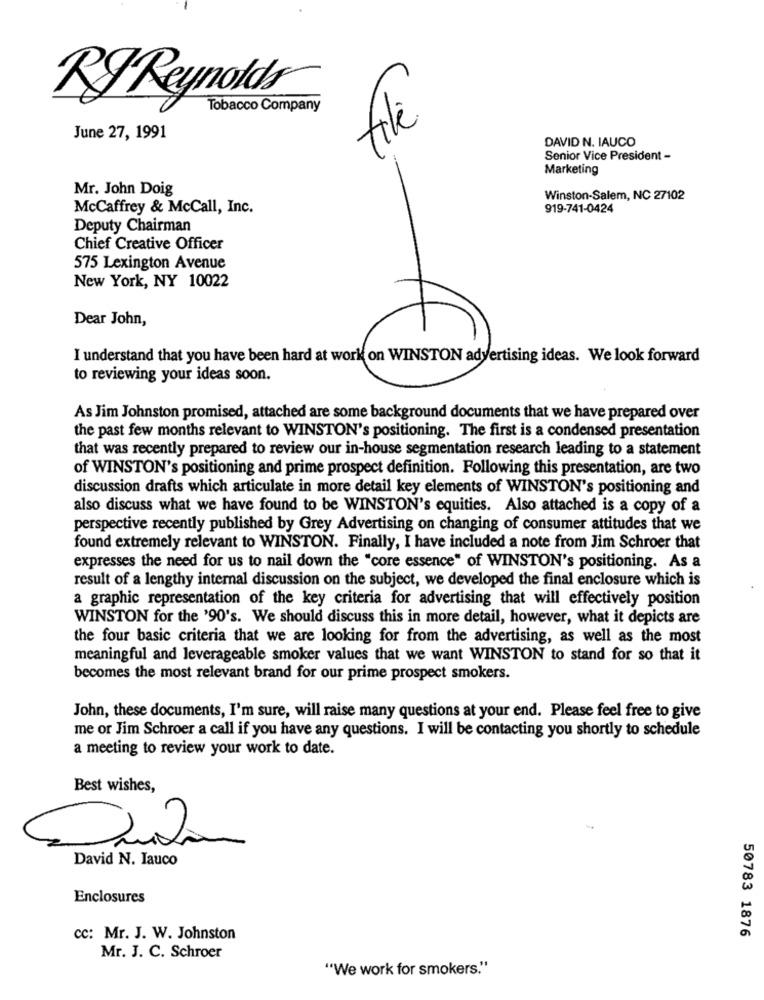
RJ Reynolds
Tobacco Company
June 27, 1991
DAVID N. IAUCO
Senior Vice President -
Marketing
Mr. John Doig
Winston-Salem, NC 27102
McCaffrey & McCall, Inc.
919-741-0424
Deputy Chairman
Chief Creative Officer
575 Lexington Avenue
New York, NY 10022
Dear John,
I understand that you have been hard at work on WINSTON advertising ideas. We look forward
to reviewing your ideas soon.
As Jim Johnston promised, attached are some background documents that we have prepared over
the past few months relevant to WINSTON's positioning. The first is a condensed presentation
that was recently prepared to review our in-house segmentation research leading to a statement
of WINSTON's positioning and prime prospect definition. Following this presentation, are two
discussion drafts which articulate in more detail key elements of WINSTON's positioning and
also discuss what we have found to be WINSTON's equities. Also attached is a copy of a
perspective recently published by Grey Advertising on changing of consumer attitudes that we
found extremely relevant to WINSTON. Finally, I have included a note from Jim Schroer that
expresses the need for us to nail down the "core essence" of WINSTON's positioning. As a
result of a lengthy internal discussion on the subject, we developed the final enclosure which is
a graphic representation of the key criteria for advertising that will effectively position
WINSTON for the '90's. We should discuss this in more detail, however, what it depicts are
the four basic criteria that we are looking for from the advertising, as well as the most
meaningful and leverageable smoker values that we want WINSTON to stand for so that it
becomes the most relevant brand for our prime prospect smokers.
John, these documents, I'm sure, will raise many questions at your end. Please feel free to give
me or Jim Schroer a call if you have any questions. I will be contacting you shortly to schedule
a meeting to review your work to date.
Best wishes,
David N. Iauco
Enclosures
50783 1876
cc: Mr. J. W. Johnston
Mr. J. C. Schroer
"We work for smokers."